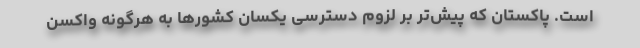
است. پاکستان که پیش‌تر بر لزوم دسترسی یکسان کشورها به هرگونه واکسن